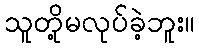
သူတို့မလုပ်ခဲ့ဘူး။